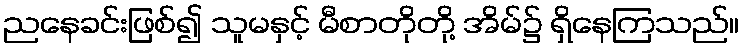
ညနေခင်းဖြစ်၍ သူမနှင့် မီစာတိုတို့ အိမ်၌ ရှိနေကြသည်။